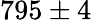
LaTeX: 795\pm 4